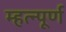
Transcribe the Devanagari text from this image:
म्हत्न्पूर्ण